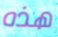
هذه